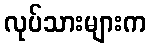
လုပ်သားများက